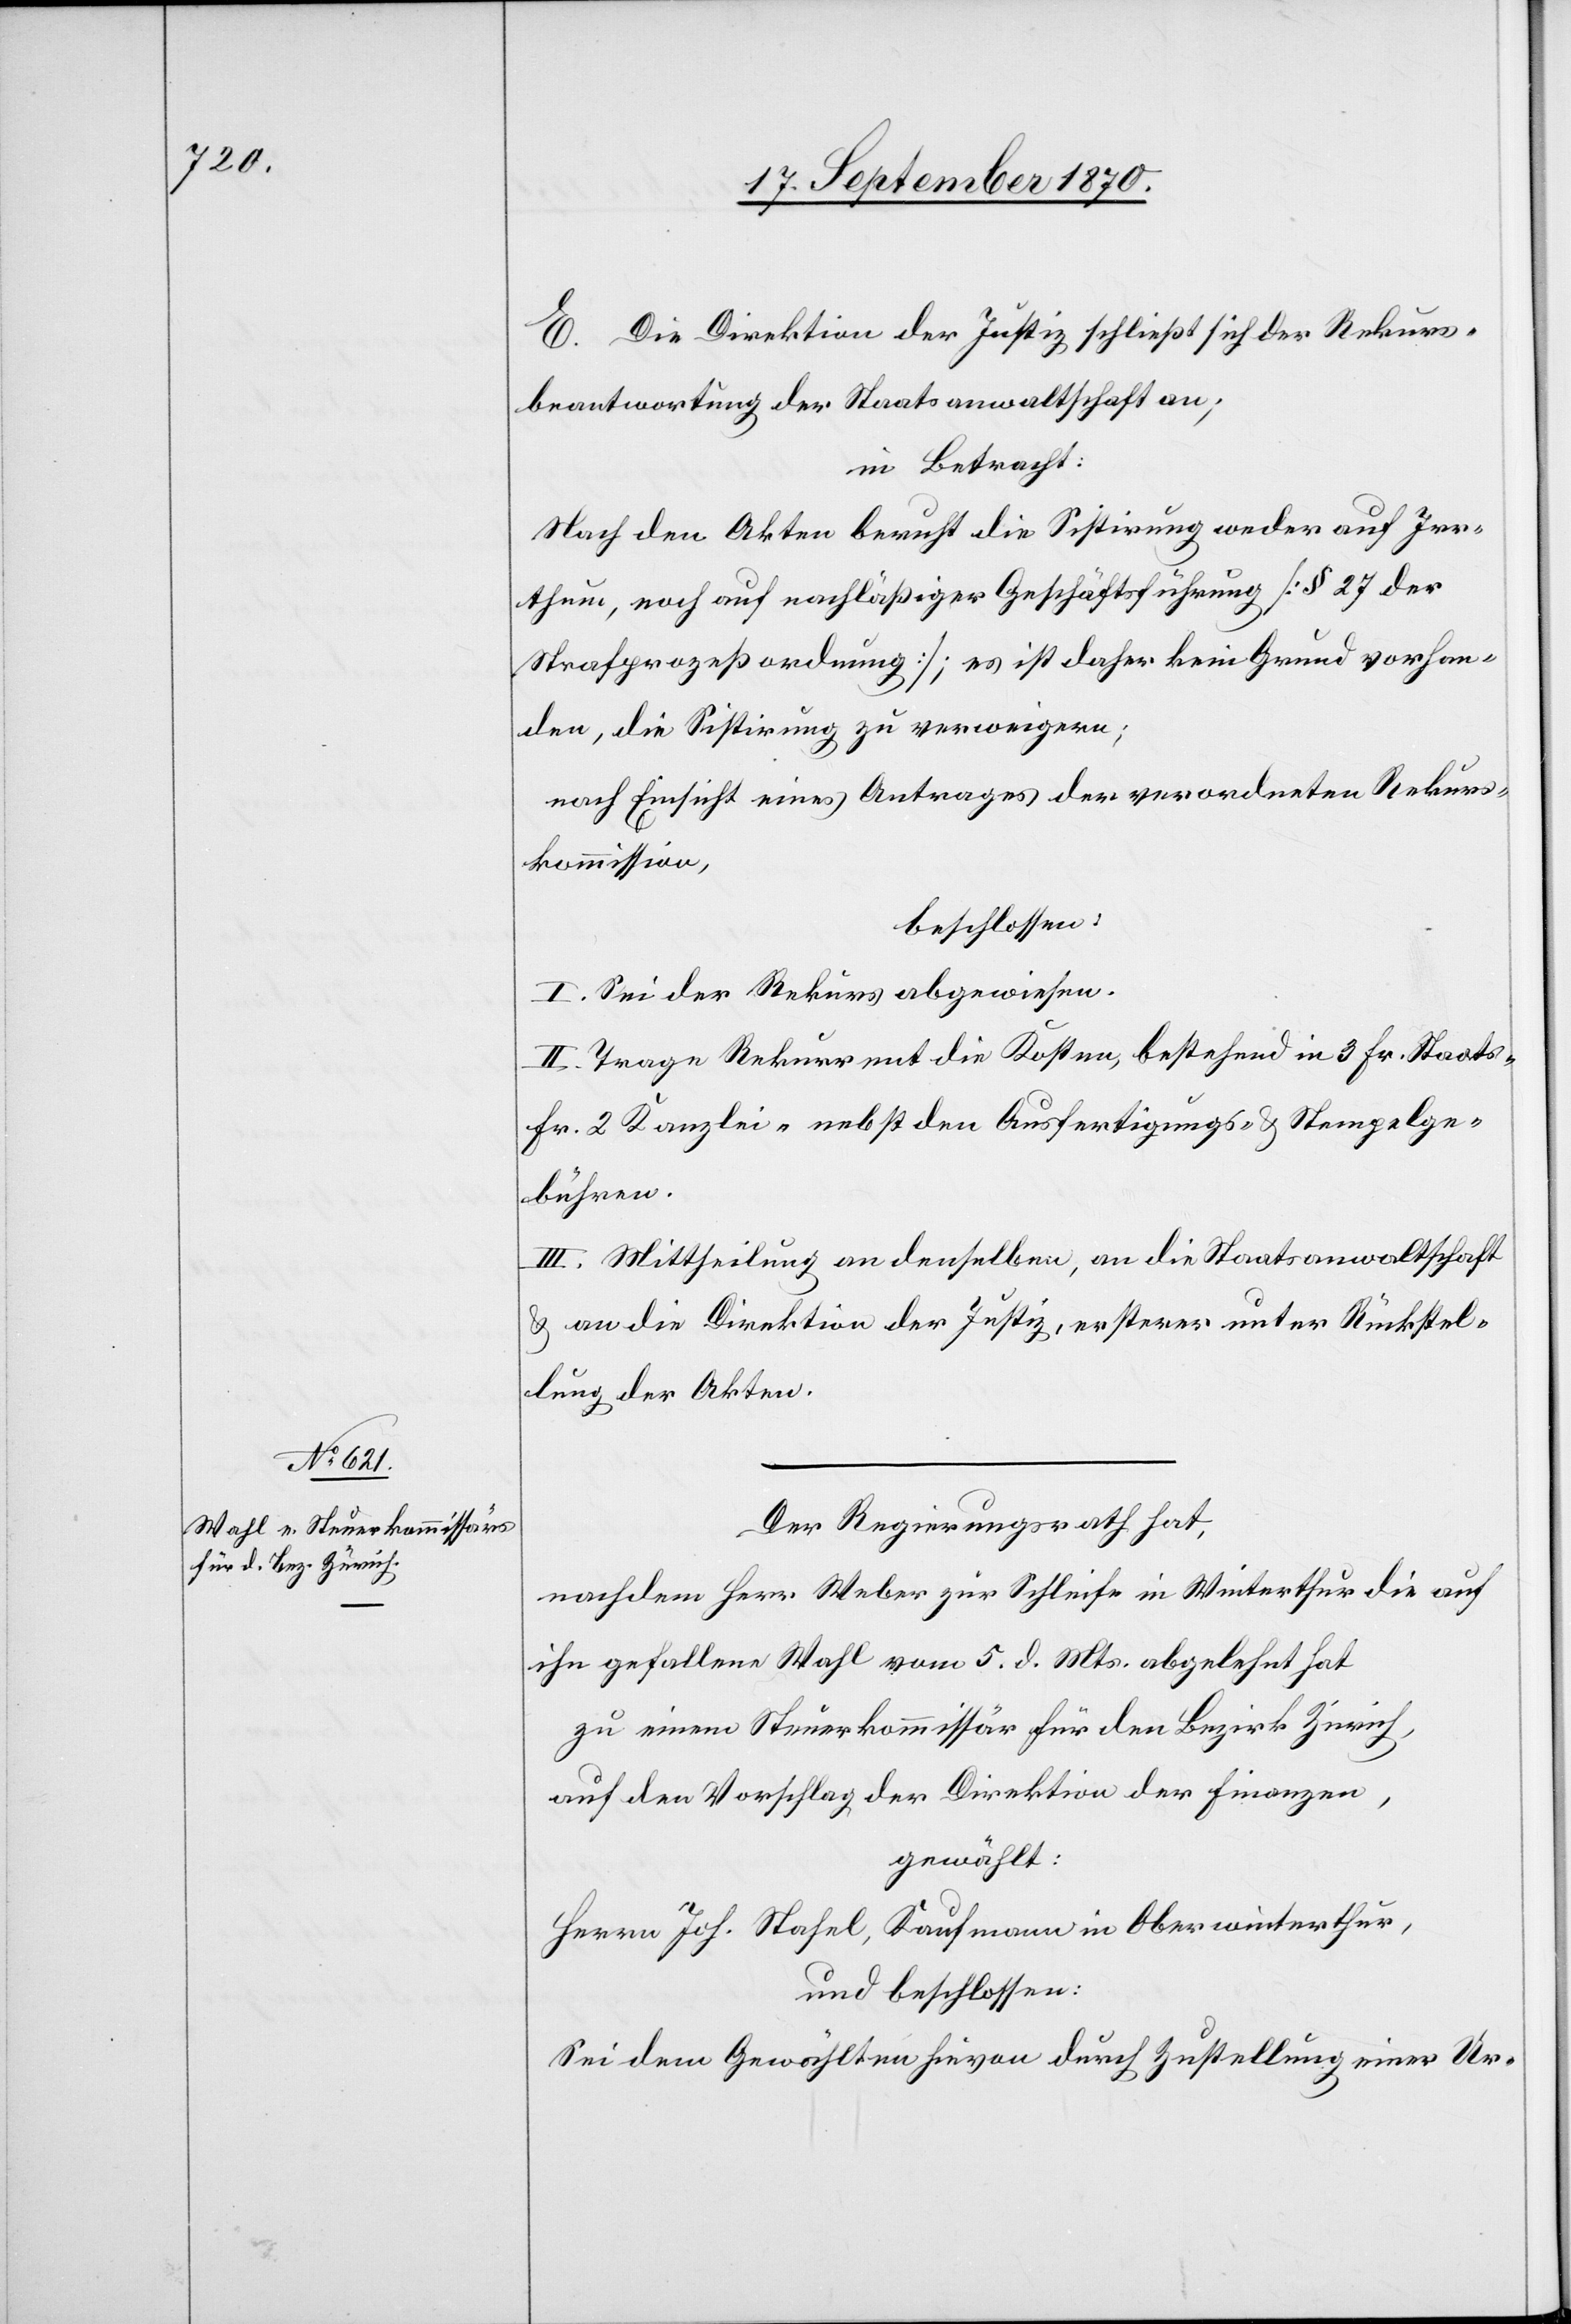
E. Die Direktion der Justiz schließt sich der Rekurs¬
beantwortung der Staatsanwaltschaft an;
in Betracht:
Nach den Akten beruht die Sistirung weder auf Irr¬
thum, noch auf nachläßlicher Geschäftsführung [§ 27 der
Strafprozessordnung]; es ist daher kein Grund vorhan¬
den, die Sistirung zu verweigern;
nach Einsicht eines Antrages der verordneten Rekurs¬
kommission,
beschlossen:
I. Sei der Rekurs abgewiesen.
II. Trage Rekurrent die Kosten, bestehend in 3 Fr. Staats-
Fr. 2 Kanzlei- nebst den Ausfertigungs- & Stempelge¬
bühren.
III. Mittheilung an denselben, an die Staatsanwaltschaft
& an die Direktion der Justiz, ersterer unter Rückstel¬
lung der Akten.
Der Regierungsrath hat,
nachdem Herr Weber zur Schleife in Winterthur die auf
ihn gefallene Wahl vom 5. d. Mts. abgelehnt hat
zu einem Steuerkommissär für den Bezirk Zürich,
auf den Vorschlag der Direktion der Finanzen,
gewählt:
Herrn Joh. Stahel, Kaufmann in Oberwinterthur,
und beschlossen:
Sei dem Gewählten hievon durch Zustellung einer Ur-